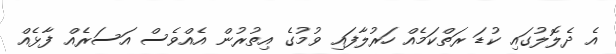
އެ ދެލޮލުގައި ކުޑަ ރަތްކަމެއް ހަރުލާފައި ވުމުގެ އިތުރުން އެއްވެސް އަސަރެއް ފާޅެއް